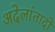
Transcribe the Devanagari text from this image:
अदेलांतादो